Indian journal of veterinary science and animal husbandry - Volumes 18-21, 1948-1951
Year: 1948
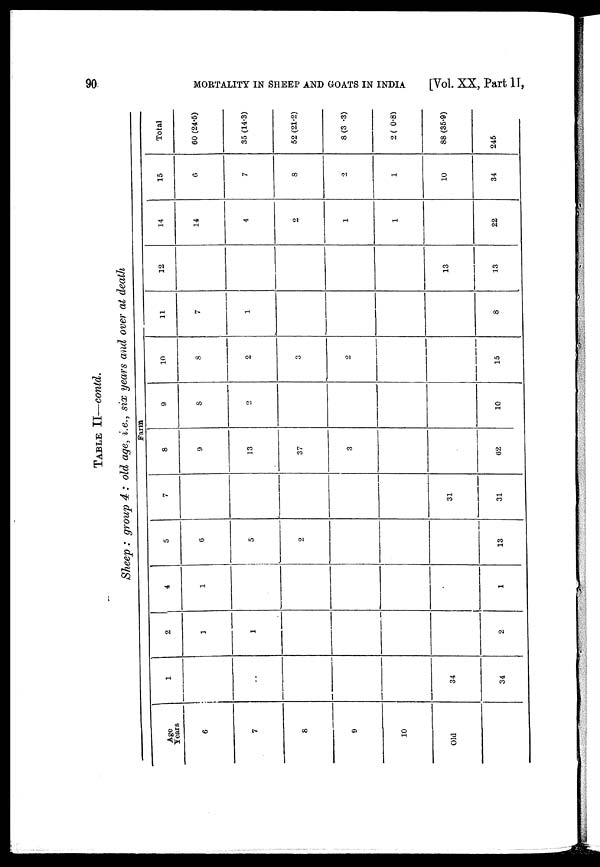
90
MORTALITY IN SHEEP AND GOATS IN INDIA
[Vol. XX, Part II,
TABLE II—contd.
Sheep : group 4 : old age, i.e., six years and over at death
Age
Years
6
7
8
9
10
Old
1
. .
34
34
2
1
1
2
4
1
1
5
6
5
2
13
7
31
31
8
9
13
37
3
62
9
8
2
10
10
8
2
3
2
15
11
7
1
8
12
13
13
14
14
4
2
1
1
22
15
6
7
8
2
1
10
34
Total
60 (24.5)
35 (14.3)
52 (21.2)
8 (3.3)
2 (0.8)
88 (35.9)
245